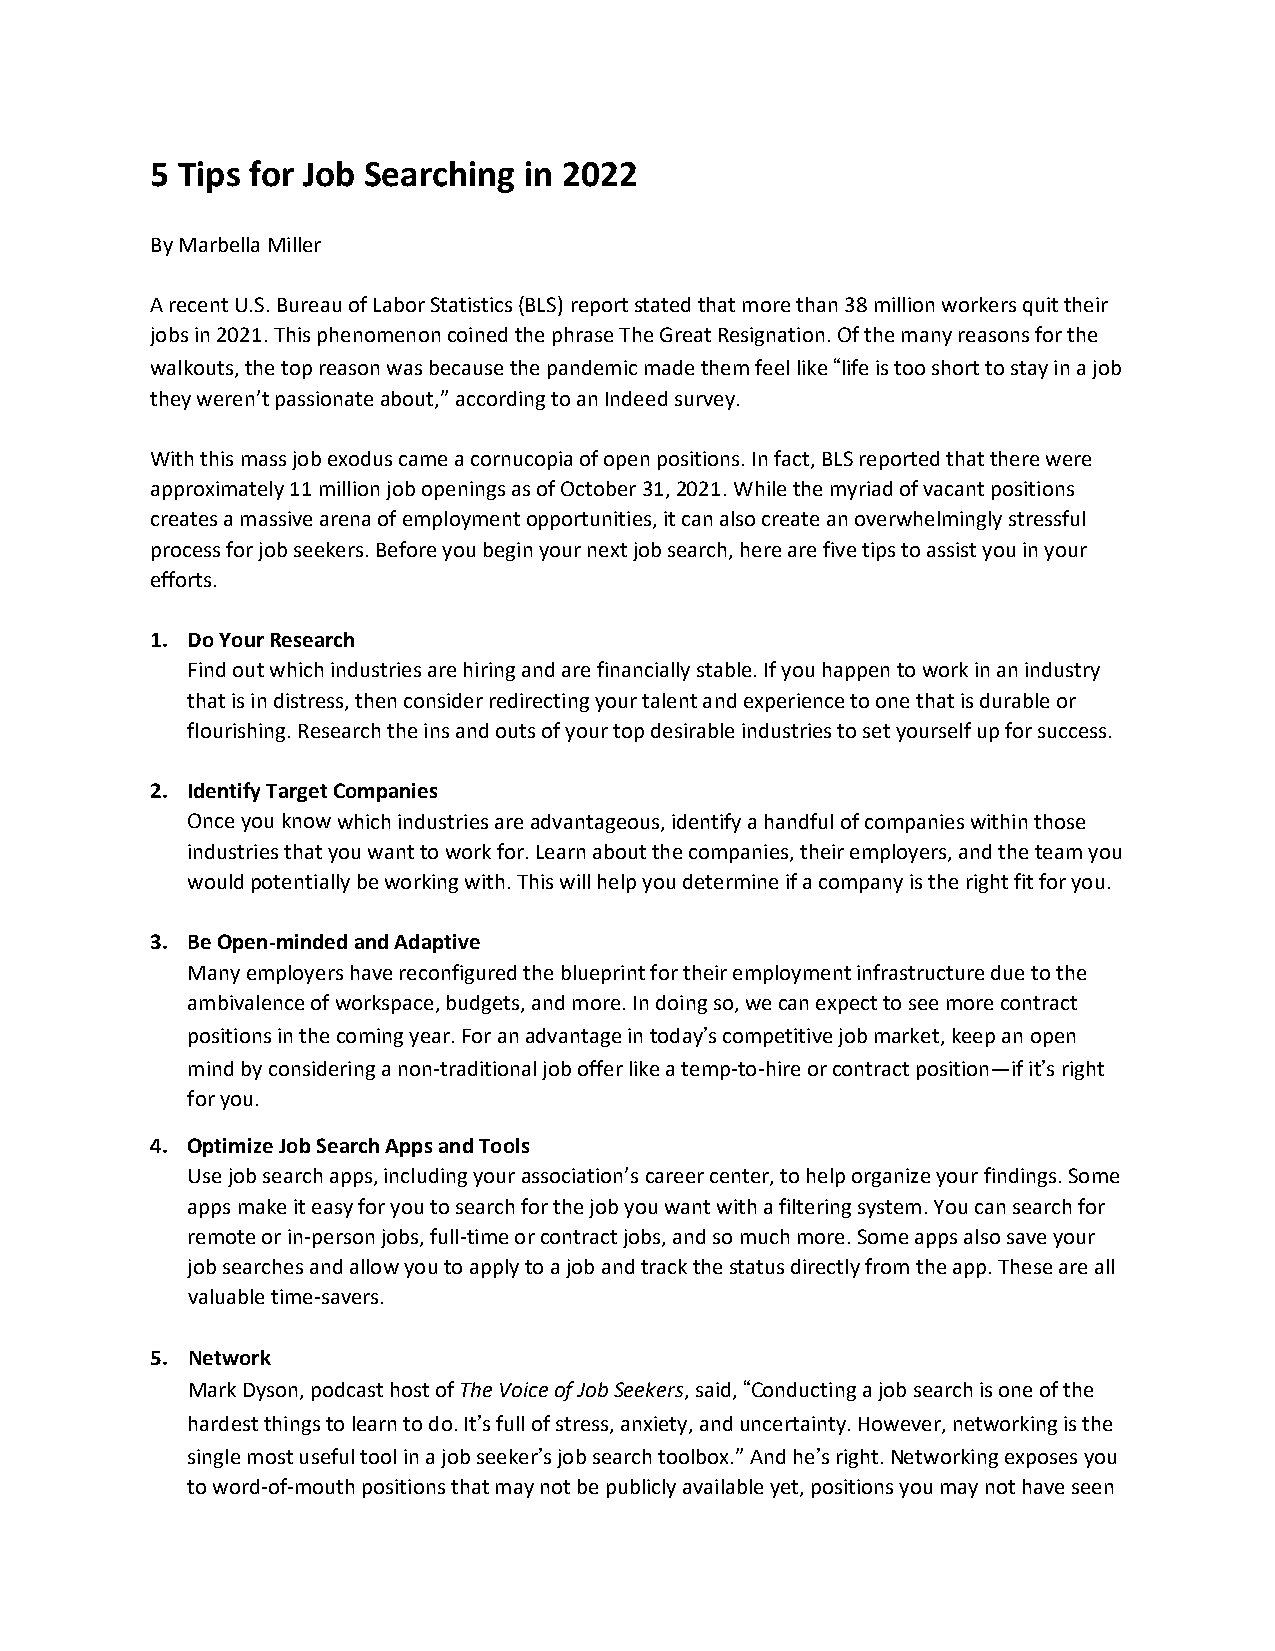
5 Tips for Job Searching in 2022
 By Marbella Miller
 A recent U.S. Bureau of Labor Statistics (BLS) report stated that more than 38 million workers quit their
 jobs in 2021. This phenomenon coined the phrase The Great Resignation. Of the many reasons for the
 walkouts, the top reason was because the pandemic made them feel like “life is too short to stay in a job
 they weren’t passionate about,” according to an Indeed survey.
 With this mass job exodus came a cornucopia of open positions. In fact, BLS reported that there were
 approximately 11 million job openings as of October 31, 2021. While the myriad of vacant positions
 creates a massive arena of employment opportunities, it can also create an overwhelmingly stressful
 process for job seekers. Before you begin your next job search, here are five tips to assist you in your
 efforts.
 1. Do Your Research
 Find out which industries are hiring and are financially stable. If you happen to work in an industry
 that is in distress, then consider redirecting your talent and experience to one that is durable or
 flourishing. Research the ins and outs of your top desirable industries to set yourself up for success.
 2. Identify Target Companies
 Once you know which industries are advantageous, identify a handful of companies within those
 industries that you want to work for. Learn about the companies, their employers, and the team you
 would potentially be working with. This will help you determine if a company is the right fit for you.
 3. Be Open‐minded and Adaptive
 Many employers have reconfigured the blueprint for their employment infrastructure due to the
 ambivalence of workspace, budgets, and more. In doing so, we can expect to see more contract
 positions in the coming year. For an advantage in today’s competitive job market, keep an open
 mind by considering a non‐traditional job offer like a temp‐to‐hire or contract position—if it’s right
 for you.
 4. Optimize Job Search Apps and Tools
 Use job search apps, including your association’s career center, to help organize your findings. Some
 apps make it easy for you to search for the job you want with a filtering system. You can search for
 remote or in‐person jobs, full‐time or contract jobs, and so much more. Some apps also save your
 job searches and allow you to apply to a job and track the status directly from the app. These are all
 valuable time‐savers.
 5. Network
 Mark Dyson, podcast host of The Voice of Job Seekers, said, “Conducting a job search is one of the
 hardest things to learn to do. It’s full of stress, anxiety, and uncertainty. However, networking is the
 single most useful tool in a job seeker’s job search toolbox.” And he’s right. Networking exposes you
 to word‐of‐mouth positions that may not be publicly available yet, positions you may not have seen